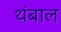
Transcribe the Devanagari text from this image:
थंबाल